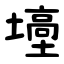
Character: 㙵